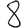
Digit: 8